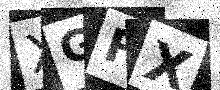
Text: XGFX